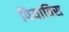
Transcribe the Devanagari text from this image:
पियाविस